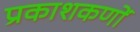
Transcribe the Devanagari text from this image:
प्रकाशकणों